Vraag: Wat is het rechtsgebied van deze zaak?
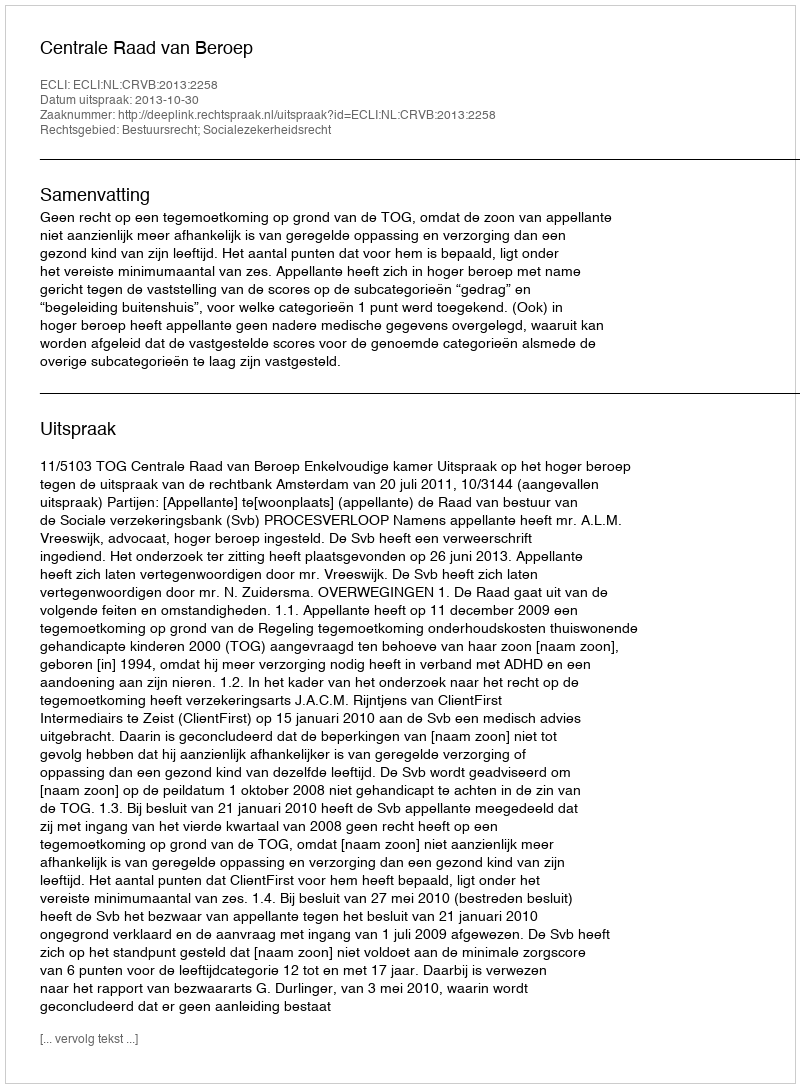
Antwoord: Bestuursrecht; Socialezekerheidsrecht